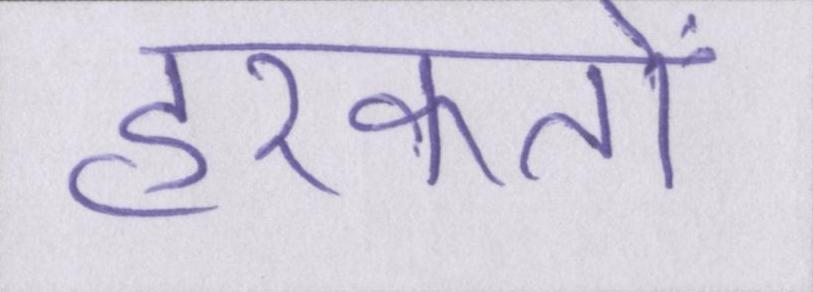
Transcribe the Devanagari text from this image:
हरकतों